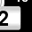
Digit: 2